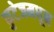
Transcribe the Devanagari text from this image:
फुटेजमधून